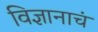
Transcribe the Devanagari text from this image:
विज्ञानाचं